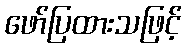
ဖော်ပြထားသဖြင့်